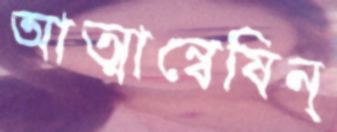
আত্মান্বেষিন্